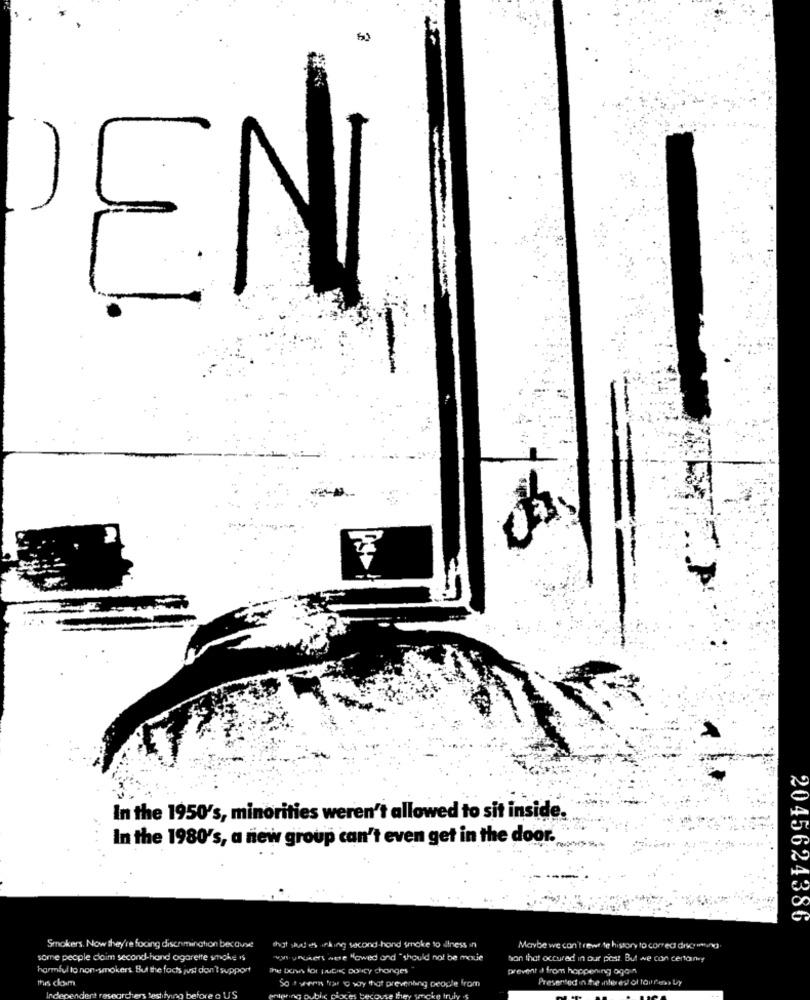
L
-
In the 1950's, minorities weren't allowed to sit inside.
In the 1980's, a new group can't even get in the door.
2045624385
Smokers. Now they're foxing discrimination because
that what is inking second hand smoke to ilness in
Maybe we can't rewe te history to corred disgusting
some people doim second-hand ogareite smoke is
wwwpokers were "owed and " should not be mou
bon that occured in our post. But we con certainy
harmful to non-smokers. But the facts just don't support
The bonn for justice policy changes
prevent & from happening ogon
thurs clom
Presented in the inter es of faires by
So I vers fran to say that preventing beagle from